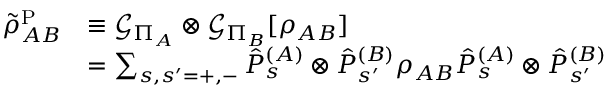
\begin{array} { r l } { \tilde { \rho } _ { A B } ^ { \mathrm { P } } } & { \equiv \mathcal { G } _ { \Pi _ { A } } \otimes \mathcal { G } _ { \Pi _ { B } } [ \rho _ { A B } ] } \\ & { = \sum _ { s , s ^ { \prime } = + , - } \hat { P } _ { s } ^ { ( A ) } \otimes \hat { P } _ { s ^ { \prime } } ^ { ( B ) } \rho _ { A B } \hat { P } _ { s } ^ { ( A ) } \otimes \hat { P } _ { s ^ { \prime } } ^ { ( B ) } } \end{array}